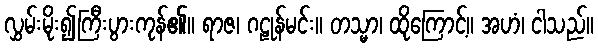
လွှမ်းမိုး၍ကြီးပွားကုန်၏။ ရာဇ၊ ဂဠုန်မင်း။ တသ္မာ၊ ထိုကြောင့်။ အဟံ၊ ငါသည်။